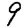
Digit: 9